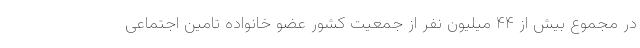
در مجموع بیش از ۴۴ میلیون نفر از جمعیت کشور عضو خانواده تامین اجتماعی